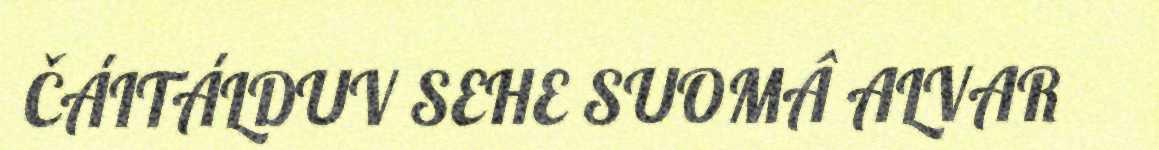
ČÁITÁLDUV SEHE SUOMÂ ALVAR